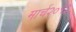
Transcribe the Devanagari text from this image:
मार्च२०१३